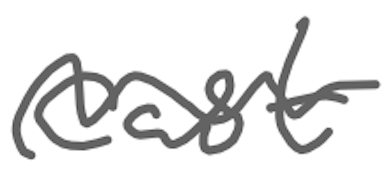
Text: cast
Cross-out: wave
Writing tool: digital_gray